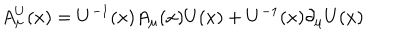
LaTeX: A _ { \mu } ^ { U } ( x ) = U ^ { - 1 } ( x ) A _ { \mu } ( x ) U ( x ) + U ^ { - 1 } ( x ) \partial _ { \mu } U ( x )